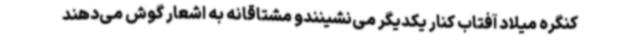
کنگره میلاد آفتاب کنار یکدیگر می‌نشینندو مشتاقانه به اشعار گوش می‌دهند